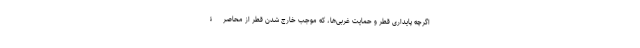
اگرچه پایداری قطر و حمایت غربی‌ها، که موجب خارج شدن قطر از محاصرۀ